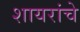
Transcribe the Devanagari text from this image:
शायरांचे